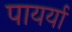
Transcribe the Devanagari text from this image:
पायर्या